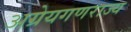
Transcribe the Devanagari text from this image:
अग्रेयगणराज्य